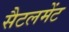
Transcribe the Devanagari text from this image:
सैटलमेंट